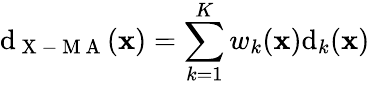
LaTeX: \mathrm{d}_{\mathrm{{~X~-~M~A~}}}(\mathbf{{x}})=\sum_{k=1}^{K}w_{k}(\mathbf{{x}})\mathrm{d}_{k}(\mathbf{{x}})